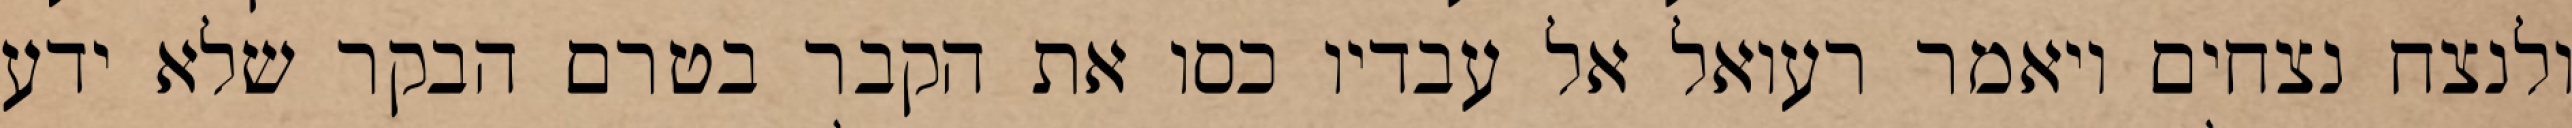
ולנצח נצחים ויאמר רעואל אל עבדיו כסו את הקבר בטרם הבקר שלא ידע